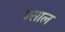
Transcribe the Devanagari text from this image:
४साल